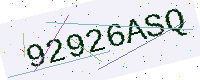
Text: 92926ASQ